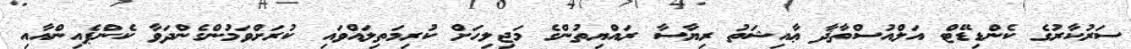
ސަރުކާރުގެ ކެންޑިޑޭޓް އަލްއުސްތާޛާ ޢާއިޝަތު ރިޔާސާ ރައްޔިތުންގެ މަޖިލިހަށް ކުރިމަތިލައްވައި ކުރަށްވަމުންގެންދަވާ ކެންޕެއިންއާއި